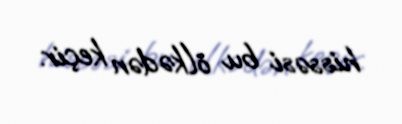
hissəsi bu ölkədən keçir.